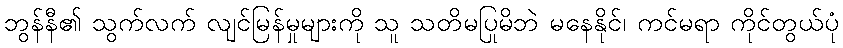
ဘွန်နီ၏ သွက်လက် လျင်မြန်မှုများကို သူ သတိမပြုမိဘဲ မနေနိုင်၊ ကင်မရာ ကိုင်တွယ်ပုံ